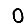
Digit: 0